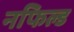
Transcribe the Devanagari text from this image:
नफिल्ड